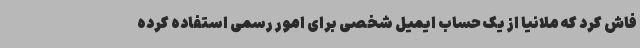
فاش کرد که ملانیا از یک حساب ایمیل شخصی برای امور رسمی استفاده کرده